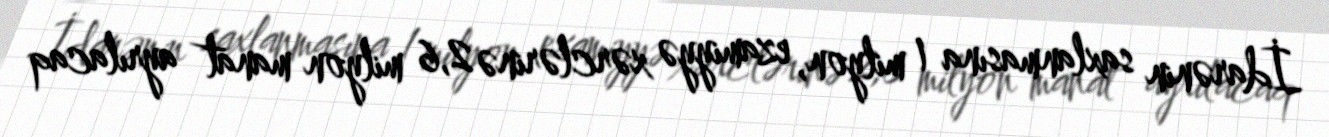
İdarənin saxlanmasına 1 milyon, ezamiyyə xərclərinə 2,6 milyon manat ayrılacaq